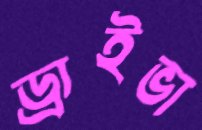
ড্রাইভা